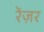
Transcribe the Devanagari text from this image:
रेंज़र